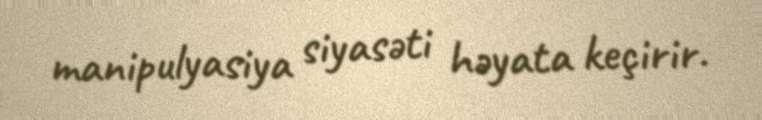
manipulyasiya siyasəti həyata keçirir.